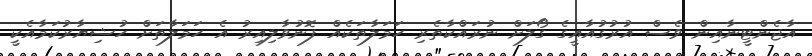
އާޖެންޓީނާއިން ވެސް އުރުގުއާއީގެ ގޯލަށް ނުރައްކާތެރި ހަމަލާތަކެއް ފޮނުވާލިއިރު އެ ހަމަލާތަށް ހުޝިޔާރުކަމާއެކީ